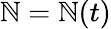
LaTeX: \mathbb{N}=\mathbb{N}(t)